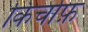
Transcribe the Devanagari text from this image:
किर्चाफ़